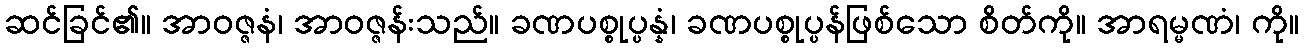
ဆင်ခြင်၏။ အာဝဇ္ဇနံ၊ အာဝဇ္ဇန်းသည်။ ခဏပစ္စုပ္ပန္နံ၊ ခဏပစ္စုပ္ပန်ဖြစ်သော စိတ်ကို။ အာရမ္မဏံ၊ ကို။